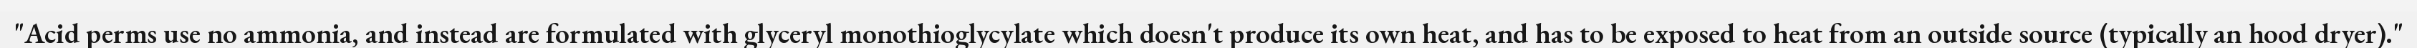
"Acid perms use no ammonia, and instead are formulated with glyceryl monothioglycylate which doesn't produce its own heat, and has to be exposed to heat from an outside source (typically an hood dryer)."